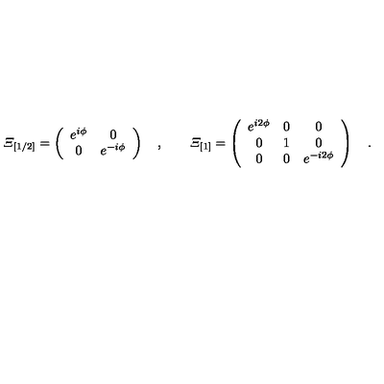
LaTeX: { \mit \Xi } _ { [ 1 / 2 ] } = \left( \begin{array} { c c } { e ^ { i \phi } } & { 0 } \\ { 0 } & { e ^ { - i \phi } } \\ \end{array} \right) \quad , \qquad { \mit \Xi } _ { [ 1 ] } = \left( \begin{array} { c c c } { e ^ { i 2 \phi } } & { 0 } & { 0 } \\ { 0 } & { 1 } & { 0 } \\ { 0 } & { 0 } & { e ^ { - i 2 \phi } } \\ \end{array} \right) \quad .